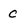
Character: c